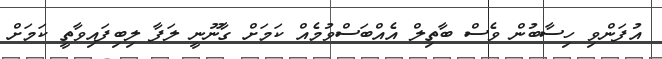
އުފަންވި ހިސާބުން ވެސް ބާތިލް އެއްބަސްވުމެއް ކަމަށް ގާނޫނީ ލަފާ ލިބިފައިވާތީ ކަމަށް